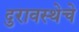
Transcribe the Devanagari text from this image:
दुरावस्थेचे